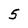
Character: 5